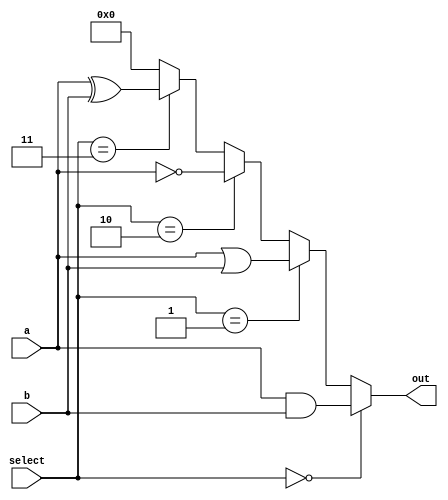
module comb_logic_block (
    input wire [3:0] a,        // 4-bit input
    input wire [3:0] b,        // 4-bit input
    input wire [1:0] select,    // Control signals to select function
    output wire [3:0] out       // 4-bit output
);

// Intermediate signals for each logical function
wire [3:0] and_out;
wire [3:0] or_out;
wire [3:0] not_out;
wire [3:0] xor_out;

// Logic function implementations
assign and_out = a & b;      // AND operation
assign or_out = a | b;       // OR operation
assign not_out = ~a;         // NOT operation (inverted a)
assign xor_out = a ^ b;      // XOR operation

// Multiplexer to select the required output based on the control signal
assign out = (select == 2'b00) ? and_out : // Select AND
            (select == 2'b01) ? or_out :  // Select OR
            (select == 2'b10) ? not_out : // Select NOT
            (select == 2'b11) ? xor_out : 4'b0000; // Select XOR

endmodule